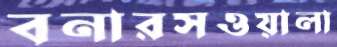
বনারসওয়ালা